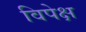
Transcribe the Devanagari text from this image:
विपेक्ष